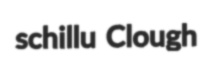
schillu Clough